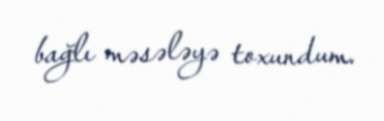
bağlı məsələyə toxundum.